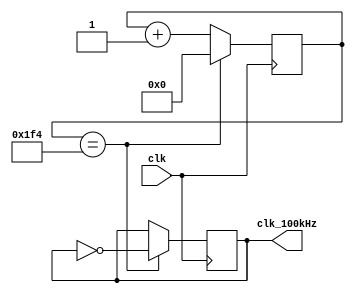
`timescale 1ns / 1ps
//////////////////////////////////////////////////////////////////////////////////
// Company: 
// Engineer: 
// 
// Design Name: 
// Module Name: CLK100MHzTo100KHz
// Project Name: 
// Target Devices: 
// Tool Versions: 
// Description: 
// 
// Dependencies: 
// 
// Revision:
// Revision 0.01 - File Created
// Additional Comments:
// 
//////////////////////////////////////////////////////////////////////////////////


module CLK100MHzTo100KHz(
	input wire clk,
	output reg clk_100kHz
    );
	
	reg [25:0] count;
	initial begin 
		count = 0;
	end 
	
	always @(posedge clk) begin 
		count <= count + 1;
		if ( count == 26'h1F4) begin 
			count <= 0;
			clk_100kHz <= ~clk_100kHz;
		end 
	end 
	
endmodule